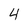
Character: 4